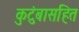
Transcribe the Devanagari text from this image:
कुटुंबासहित